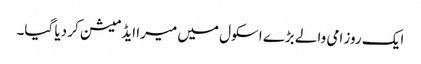
ایک روز امی والے بڑے اسکول میں میرا ایڈمیشن کر دیا گیا۔